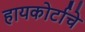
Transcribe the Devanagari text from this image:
हायकोर्टाचे